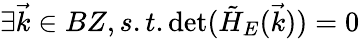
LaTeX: \exists\vec{k}\in BZ,s.t.\operatorname*{det}(\tilde{H}_{E}(\vec{k}))=0